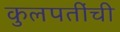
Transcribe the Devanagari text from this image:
कुलपतींची